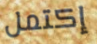
إكتمل